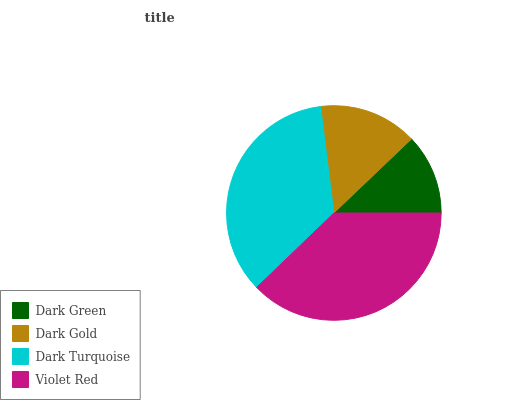
| Dark Green | Dark Gold | Dark Turquoise | Violet Red |
 | --- | --- | --- | --- |
 | 12.1% | 14.9% | 35.2% | 37.8% |